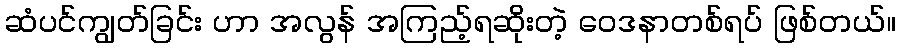
ဆံပင်ကျွတ်ခြင်း ဟာ အလွန် အကြည့်ရဆိုးတဲ့ ဝေဒနာတစ်ရပ် ဖြစ်တယ်။